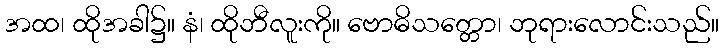
အထ၊ ထိုအခါ၌။ နံ၊ ထိုဘီလူးကို။ ဗောဓိသတ္တော၊ ဘုရားလောင်းသည်။